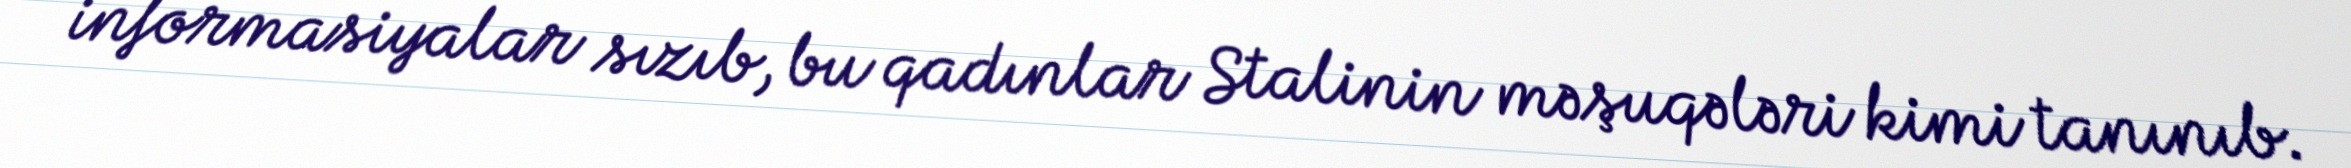
informasiyalar sızıb, bu qadınlar Stalinin məşuqələri kimi tanınıb.